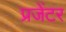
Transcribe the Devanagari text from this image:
प्रजेंटर